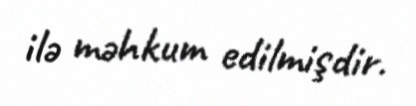
ilə məhkum edilmişdir.